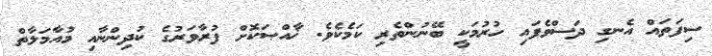
ސިފަތައް އެނގި ދަސްވެފައި ހުރުމަކީ ބޭނުންތެރި ކަމެކެވެ. ޚާއްޞަކޮށް ފުރާވަރުގެ ކުދިންނާއި މުއާމަލާތް